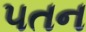
૫તન